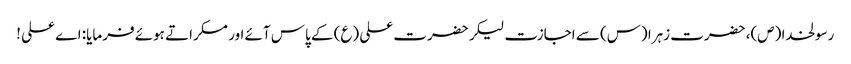
رسولخدا (ص)، حضرت زہرا (س) سے اجازت لیکر حضرت علی (ع) کے پاس آئے اور مسکراتے ہوئے فرمایا: اے علی !